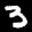
Label: 3